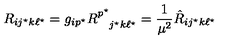
R _ { i j ^ { \star } k \ell ^ { \star } } = g _ { i p ^ { \star } } R _ { \phantom { p ^ { \star } } j ^ { \star } k \ell ^ { \star } } ^ { p ^ { \star } } = { \frac { 1 } { \mu ^ { 2 } } } { \hat { R } } _ { i j ^ { \star } k \ell ^ { \star } }